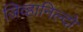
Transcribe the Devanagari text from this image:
जिव्हानिल्दो